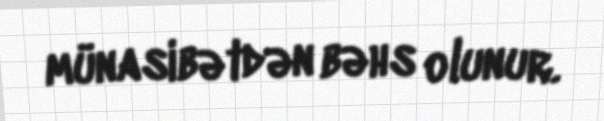
münasibətdən bəhs olunur.